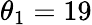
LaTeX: \theta_{1}=19